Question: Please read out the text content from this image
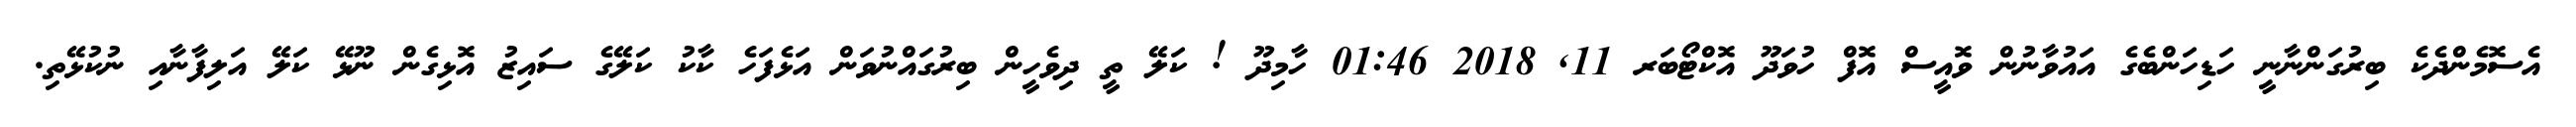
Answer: އެސޮމެންދެކެ ބިރުގަންނާނީ ހަޑިހަންބެގެ އައުވާނުން ވޮއީސް އޮފް ހުވަދޫ އޮކްޓޯބަރ 11, 2018 01:46 ހާމިދޫ ! ކަލޭ ތީ ދިވެހީން ބިރުގައްނުވަން އަޅެފަހެ ކާކު ކަލޭގެ ސައިޒު އޮޅިގެން ނޫޅޭ ކަލޭ އަލިފާނާއި ނުކުޅޭތި.